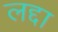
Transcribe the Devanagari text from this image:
लद्दा